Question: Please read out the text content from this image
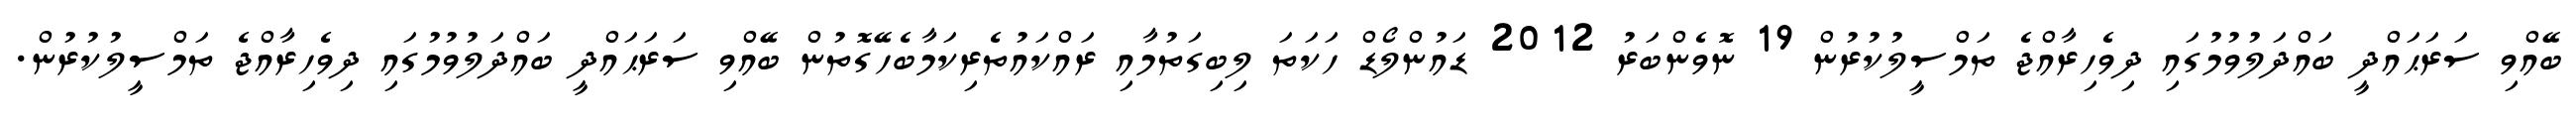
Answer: ބޭއްވި ސަރަޙައްދީ ބައްދަލުވުމުގައި ދިވެހިރާއްޖެ ތަމްސީލުކުރުން 19 ނޮވެންބަރު 2012 ޑައުންލޯޑް ހަކަތަ ލިބިގަތުމާއި ރައްކައުތެރިކަމާބެހޭގޮތުން ބޭއްވި ސަރަޙައްދީ ބައްދަލުވުމުގައި ދިވެހިރާއްޖެ ތަމްސީލުކުރުން.